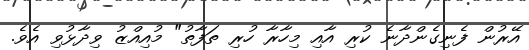
އޭރުން ފެނިގެންދާނެ ކުރި އާއި މިހާރާ ހުރި ތަފާތު" މުއިއްޒު ވިދާޅުވި އެވެ.